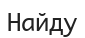
Найду